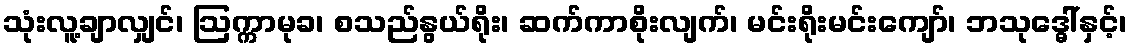
သုံးလူ့ချာလျှင်၊ ဩက္ကာမုခ၊ စသည်နွယ်ရိုး၊ ဆက်ကာစိုးလျက်၊ မင်းရိုးမင်းကျော်၊ ဘသုဒ္ဓေါ်နှင့်၊